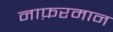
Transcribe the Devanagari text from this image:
नाफ़रमान